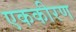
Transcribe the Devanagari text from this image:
एककीरण